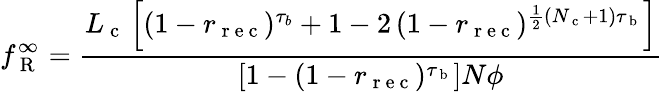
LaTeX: f_{\mathrm{~R~}}^{\infty}=\frac{L_{\mathrm{~c~}}\left[\left(1-r_{\mathrm{~r~e~c~}}\right){}^{\tau_{b}}+1-2\left(1-r_{\mathrm{~r~e~c~}}\right){}^{\frac{1}{2}(N_{\mathrm{~c~}}+1)\tau_{\mathrm{~b~}}}\right]}{\left[1-\left(1-r_{\mathrm{~r~e~c~}}\right){}^{\tau_{\mathrm{~b~}}}\right]N\phi}